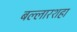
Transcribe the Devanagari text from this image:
बल्लारशहा